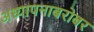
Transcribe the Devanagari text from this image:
अध्यापनाबरोबर